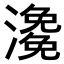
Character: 𤀧